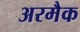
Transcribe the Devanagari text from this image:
अरमैक